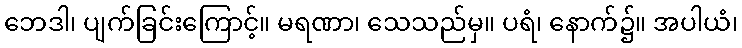
ဘေဒါ၊ ပျက်ခြင်းကြောင့်။ မရဏာ၊ သေသည်မှ။ ပရံ၊ နောက်၌။ အပါယံ၊